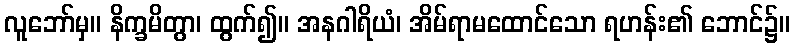
လူဘော်မှ။ နိက္ခမိတွာ၊ ထွက်၍။ အနဂါရိယံ၊ အိမ်ရာမထောင်သော ရဟန်း၏ ဘောင်၌။